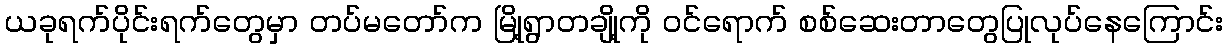
ယခုရက်ပိုင်းရက်တွေမှာ တပ်မတော်က မြို့ရွာတချို့ကို ဝင်ရောက် စစ်ဆေးတာတွေပြုလုပ်နေကြောင်း